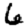
Digit: 6